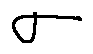
\sigma